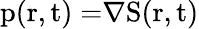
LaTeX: \mathrm{{p(r,t)=}}\nabla\mathrm{{S(r,t)}}